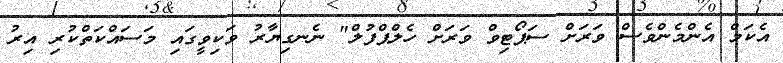
އެކަމް އެންމެންވެސް ވަރަށް ސަޕޯޓިވް ވަރަށް ހެލްޕްފުލް" ނެނގިޔާރު ވަކިވީގައި މަސައްކަތްކުރި އިރު